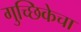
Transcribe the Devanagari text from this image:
गुच्छिकेचा